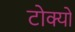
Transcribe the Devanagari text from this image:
टोक्‍यो